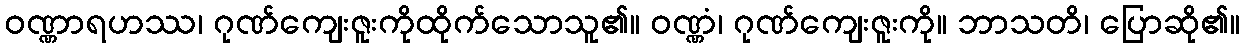
ဝဏ္ဏာရဟဿ၊ ဂုဏ်ကျေးဇူးကိုထိုက်သောသူ၏။ ဝဏ္ဏံ၊ ဂုဏ်ကျေးဇူးကို။ ဘာသတိ၊ ပြောဆို၏။